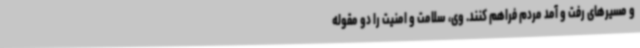
و مسیرهای رفت و آمد مردم فراهم کنند. وی، سلامت و امنیت را دو مقوله